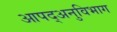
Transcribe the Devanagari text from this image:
आपद्अनुविभाग